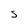
Character: S